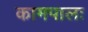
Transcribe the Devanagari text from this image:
कामपालः